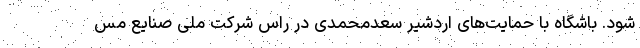
شود. باشگاه با حمایت‌های اردشیر سعدمحمدی در راس شرکت ملی صنایع مس